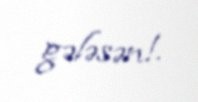
gələsən!.